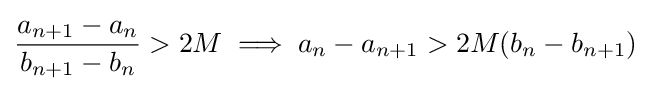
{\frac {a_{n+1}-a_{n}}{b_{n+1}-b_{n}}}>2M\implies a_{n}-a_{n+1}>2M(b_{n}-b_{n+1})